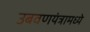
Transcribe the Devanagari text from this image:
उबवणयंत्रामध्ये